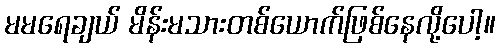
မမရေချယ် မိန်းမသားတစ်ယောက်ဖြစ်နေလို့ပေါ့။